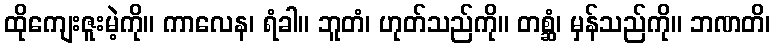
ထိုကျေးဇူးမဲ့ကို။ ကာလေန၊ ရံခါ။ ဘူတံ၊ ဟုတ်သည်ကို။ တစ္ဆံ၊ မှန်သည်ကို။ ဘဏတိ၊